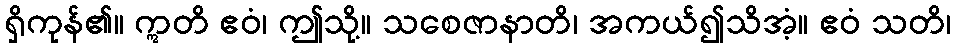
ရှိကုန်၏။ ဣတိ ဧဝံ၊ ဤသို့။ သစေဇာနာတိ၊ အကယ်၍သိအံ့။ ဧဝံ သတိ၊